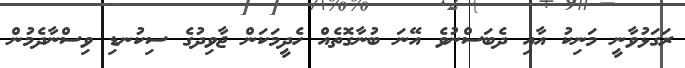
ރަގަޅުވާނީ މަނިކު އާއި ދެބަސްނުވެ އޭނަ ބުނާގޮތެއް ހެދީމަކަން ޖާވިދުގެ ސިކުނޑި ވިސްނާދެމުން